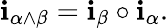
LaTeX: \mathbf{i}_{\alpha\wedge\beta}=\mathbf{i}_{\beta}\circ\mathbf{i}_{\alpha}.